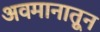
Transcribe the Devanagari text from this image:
अवमानातून